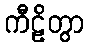
ကီဠိတွာ